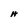
Character: H